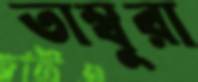
তাম্বুরা